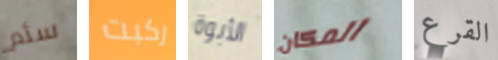
سئم ركبت الأبوة المكان القرع